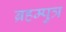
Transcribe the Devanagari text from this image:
ब्रहम्पुत्र